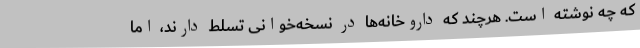
که چه نوشته است. هرچند که داروخانه‌ها در نسخه‌خوانی تسلط دارند، اما